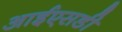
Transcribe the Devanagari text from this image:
आईएसडी